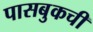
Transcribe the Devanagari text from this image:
पासबुकची